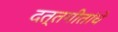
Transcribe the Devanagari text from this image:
दत्तगीतांचे